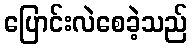
ပြောင်းလဲစေခဲ့သည်